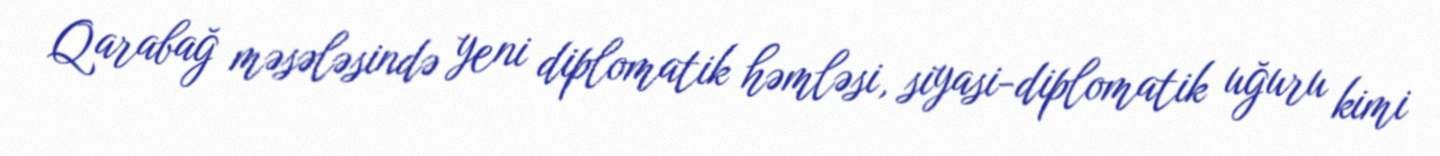
Qarabağ məsələsində yeni diplomatik həmləsi, siyasi-diplomatik uğuru kimi